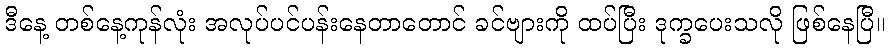
ဒီနေ့ တစ်နေ့ကုန်လုံး အလုပ်ပင်ပန်းနေတာတောင် ခင်ဗျားကို ထပ်ပြီး ဒုက္ခပေးသလို ဖြစ်နေပြီ။